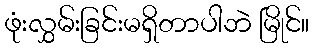
ဖုံးလွှမ်းခြင်းမရှိတာပါဘဲ မြိုင်။